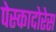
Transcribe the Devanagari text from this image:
पेस्कादोरेस